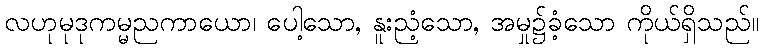
လဟုမုဒုကမ္မညကာယော၊ ပေါ့သော, နူးညံ့သော, အမှု၌ခံ့သော ကိုယ်ရှိသည်။